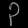
Digit: ၃